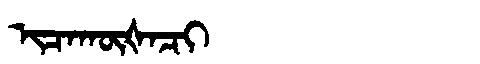
Manchu: ᡳᠴᠠᡴᡡᡧᠠᠴᡳ
Romanization: ICAKŪŠACI